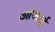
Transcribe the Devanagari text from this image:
ओजाई